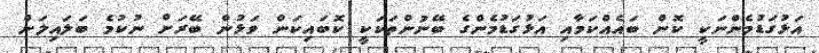
އަޅުގަޑުމެންނަކީ ކޮން ބައެއްކަމާއި އަޅުގަޑުމެންގެ ބޭނުންތަކަކީ ކޮބައިކަން ވަޅުން ބޭރަށް ނުކުމެ ބަލައިލަން